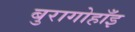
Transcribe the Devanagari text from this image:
बुरागोहाँइ